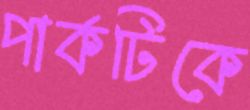
পার্কটিকে